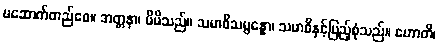
မဆောက်တည်စေ။ အတ္တနာ၊ မိမိသည်။ သမာဓိသမ္ပန္နော၊ သမာဓိနှင့်ပြည့်စုံသည်။ ဟောတိ၊